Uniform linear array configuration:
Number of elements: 48
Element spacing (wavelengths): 0.5
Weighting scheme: uniform
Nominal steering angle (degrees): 60
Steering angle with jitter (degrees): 59.34
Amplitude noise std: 0.05
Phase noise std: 0.05

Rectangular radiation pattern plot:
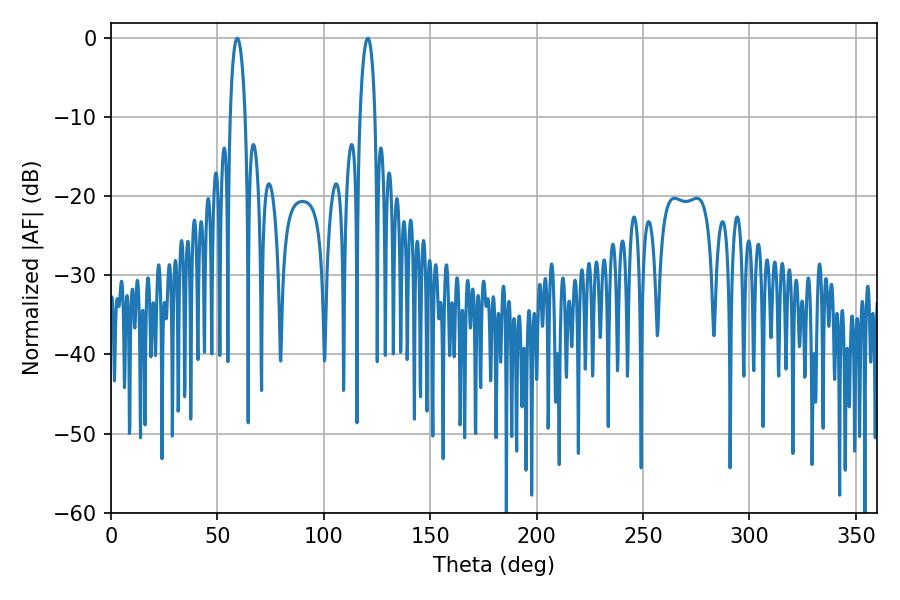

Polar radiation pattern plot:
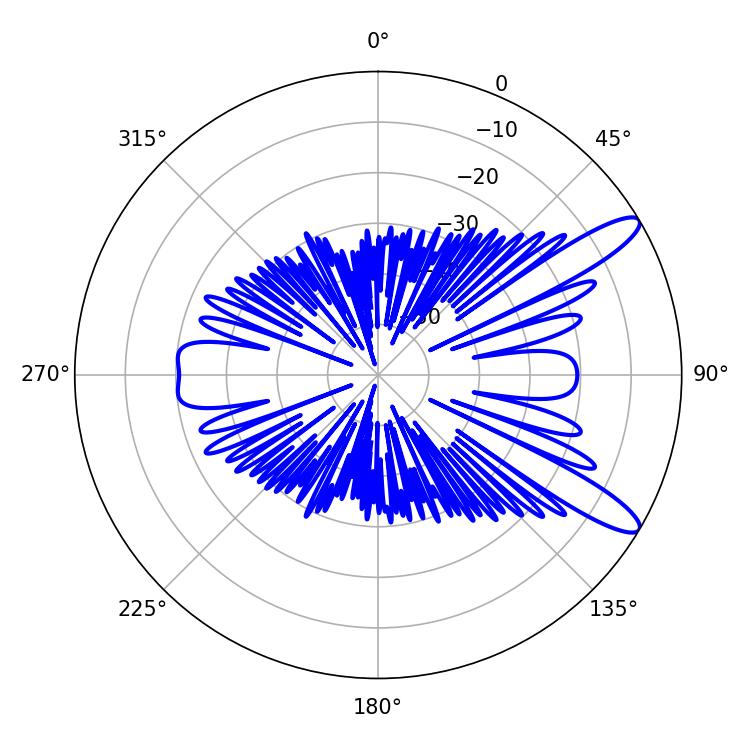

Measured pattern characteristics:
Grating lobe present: FALSE
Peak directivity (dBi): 11.685
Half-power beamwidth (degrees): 3.96
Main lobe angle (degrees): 59.4